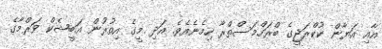
އާއި އަޔާން ކުކްރަޖީގެ ބްރަހްމަސްތްރާ ހިމެނެއެވެ. އަދި މީގެ އިތުރުން އަބީޝެކް ވަރްމާގެ